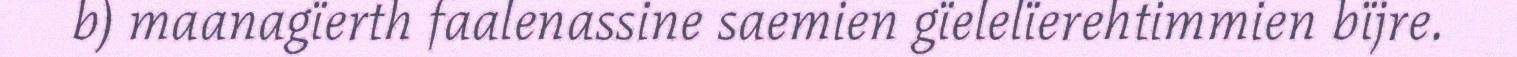
b) maanagïerth faalenassine saemien gïelelïerehtimmien bïjre.